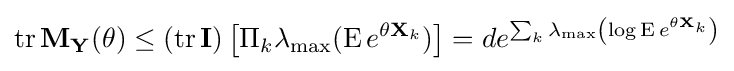
\operatorname {tr} \mathbf {M} _{\mathbf {Y} }(\theta )\leq (\operatorname {tr} \mathbf {I} )\left[\Pi _{k}\lambda _{\max }(\operatorname {E} e^{\theta \mathbf {X} _{k}})\right]=de^{\sum _{k}\lambda _{\max }\left(\log \operatorname {E} e^{\theta \mathbf {X} _{k}}\right)}